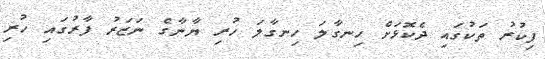
ފިކުރު ތަކުގައި ދެކޮޅަށް ހިނގާލަ ހިނގާލަ ހުރި ޔާނާގެ ނަޒަރު ފާރުގައި ހުރި